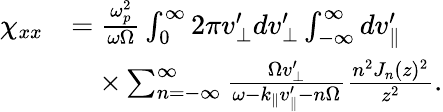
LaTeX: \begin{array}{rl}{\chi_{xx}}&{=\frac{\omega_{p}^{2}}{\omega\Omega}\int_{0}^{\infty}2\pi v_{\perp}^{\prime}dv_{\perp}^{\prime}\int_{-\infty}^{\infty}dv_{\parallel}^{\prime}}\\ &{\quad\times\sum_{n=-\infty}^{\infty}\frac{\Omega v_{\perp}^{\prime}}{\omega-k_{\parallel}v_{\parallel}^{\prime}-n\Omega}\frac{n^{2}J_{n}(z)^{2}}{z^{2}}.}\end{array}